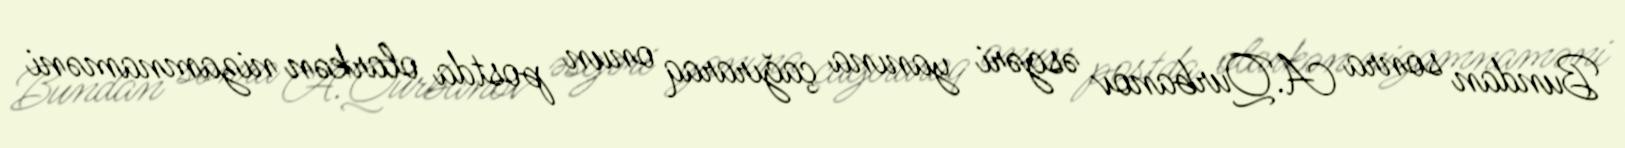
Bundan sonra A.Qurbanov əsgəri yanına çağıraraq onun postda olarkən nizamnaməni